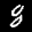
Label: 8